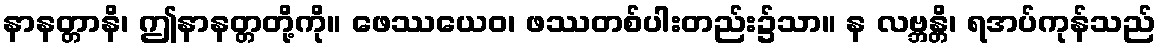
နာနတ္တာနိ၊ ဤနာနတ္တတို့ကို။ ဖေဿယေဝ၊ ဖဿတစ်ပါးတည်း၌သာ။ န လဗ္ဘန္တိ၊ ရအပ်ကုန်သည်